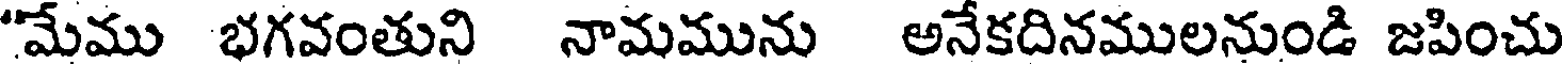
"మేము భగవంతుని నామమును అనేకదినములనుండి జపించు